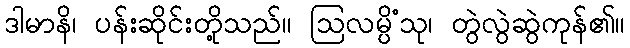
ဒါမာနိ၊ ပန်းဆိုင်းတို့သည်။ ဩလမ္ပိံသု၊ တွဲလွဲဆွဲကုန်၏။